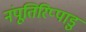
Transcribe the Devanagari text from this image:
नंपूतिरिप्पाडु